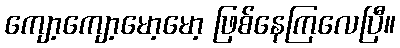
ကျော့ကျော့မော့မော့ ဖြစ်နေကြလေပြီ။